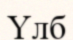
Үлб